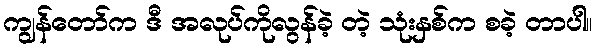
ကျွန်တော်က ဒီ အလုပ်ကိုလွန်ခဲ့ တဲ့ သုံးနှစ်က စခဲ့ တာပါ။